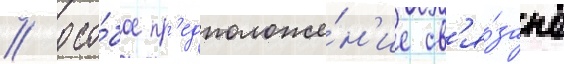
// Осо́бое пр'едположе́н'ие св'я́зано